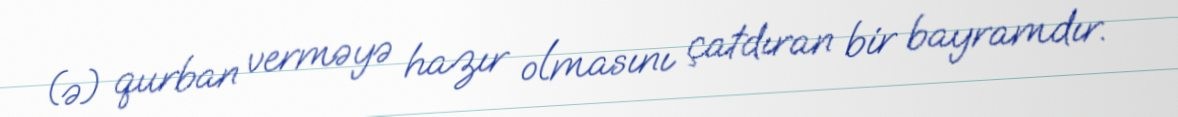
(ə) qurban verməyə hazır olmasını çatdıran bir bayramdır.